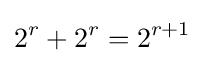
2^{r}+2^{r}=2^{r+1}